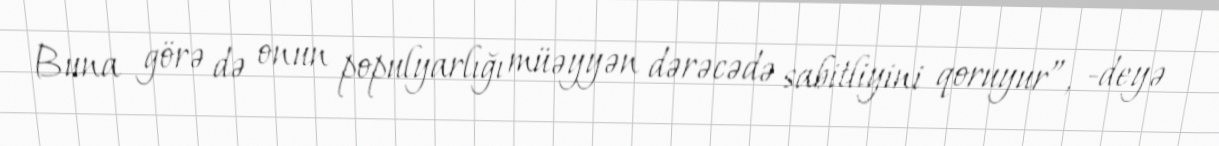
Buna görə də onun populyarlığı müəyyən dərəcədə sabitliyini qoruyur”, -deyə